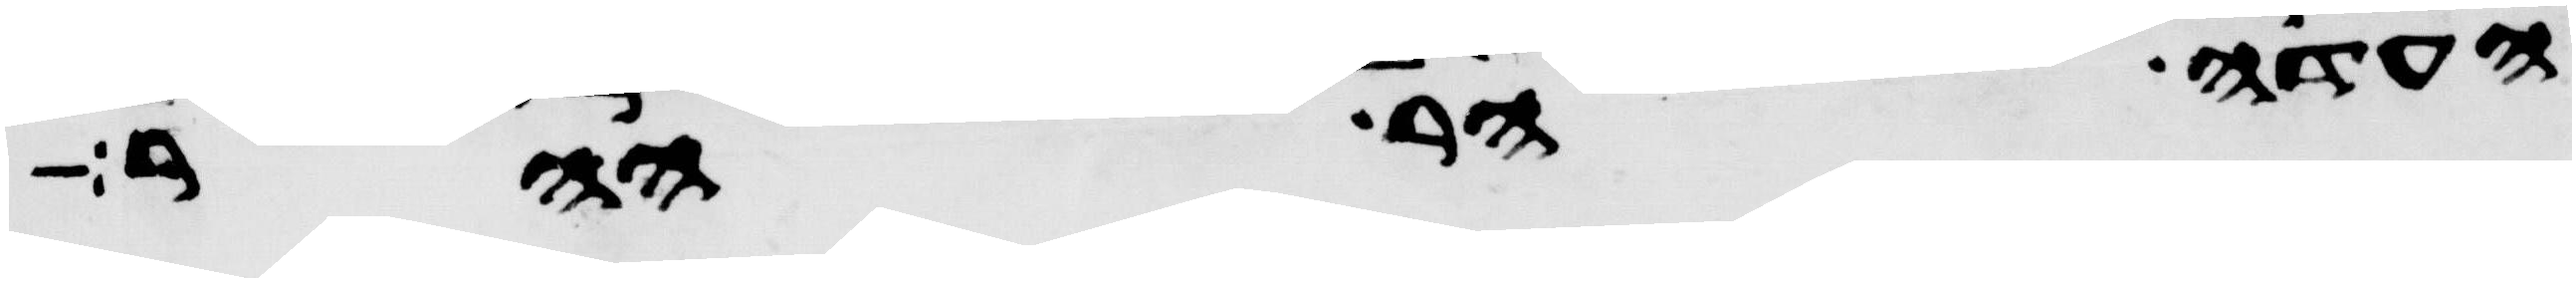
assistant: העדה הר ההר